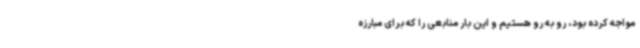
مواجه کرده بود، رو به رو هستیم و این بار منابعی را که برای مبارزه